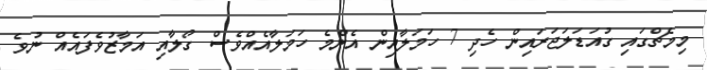
މިމެޗްގައި ގުއަޑަލަޖަރައިން ހެދި 7 ހަމަލާއިން އެންމެ ހަމަލާއެއްވެސް ގޯލާއި އަމާޒުވެފައެއް ނުވެ